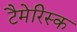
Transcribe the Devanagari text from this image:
टैमेरिस्क